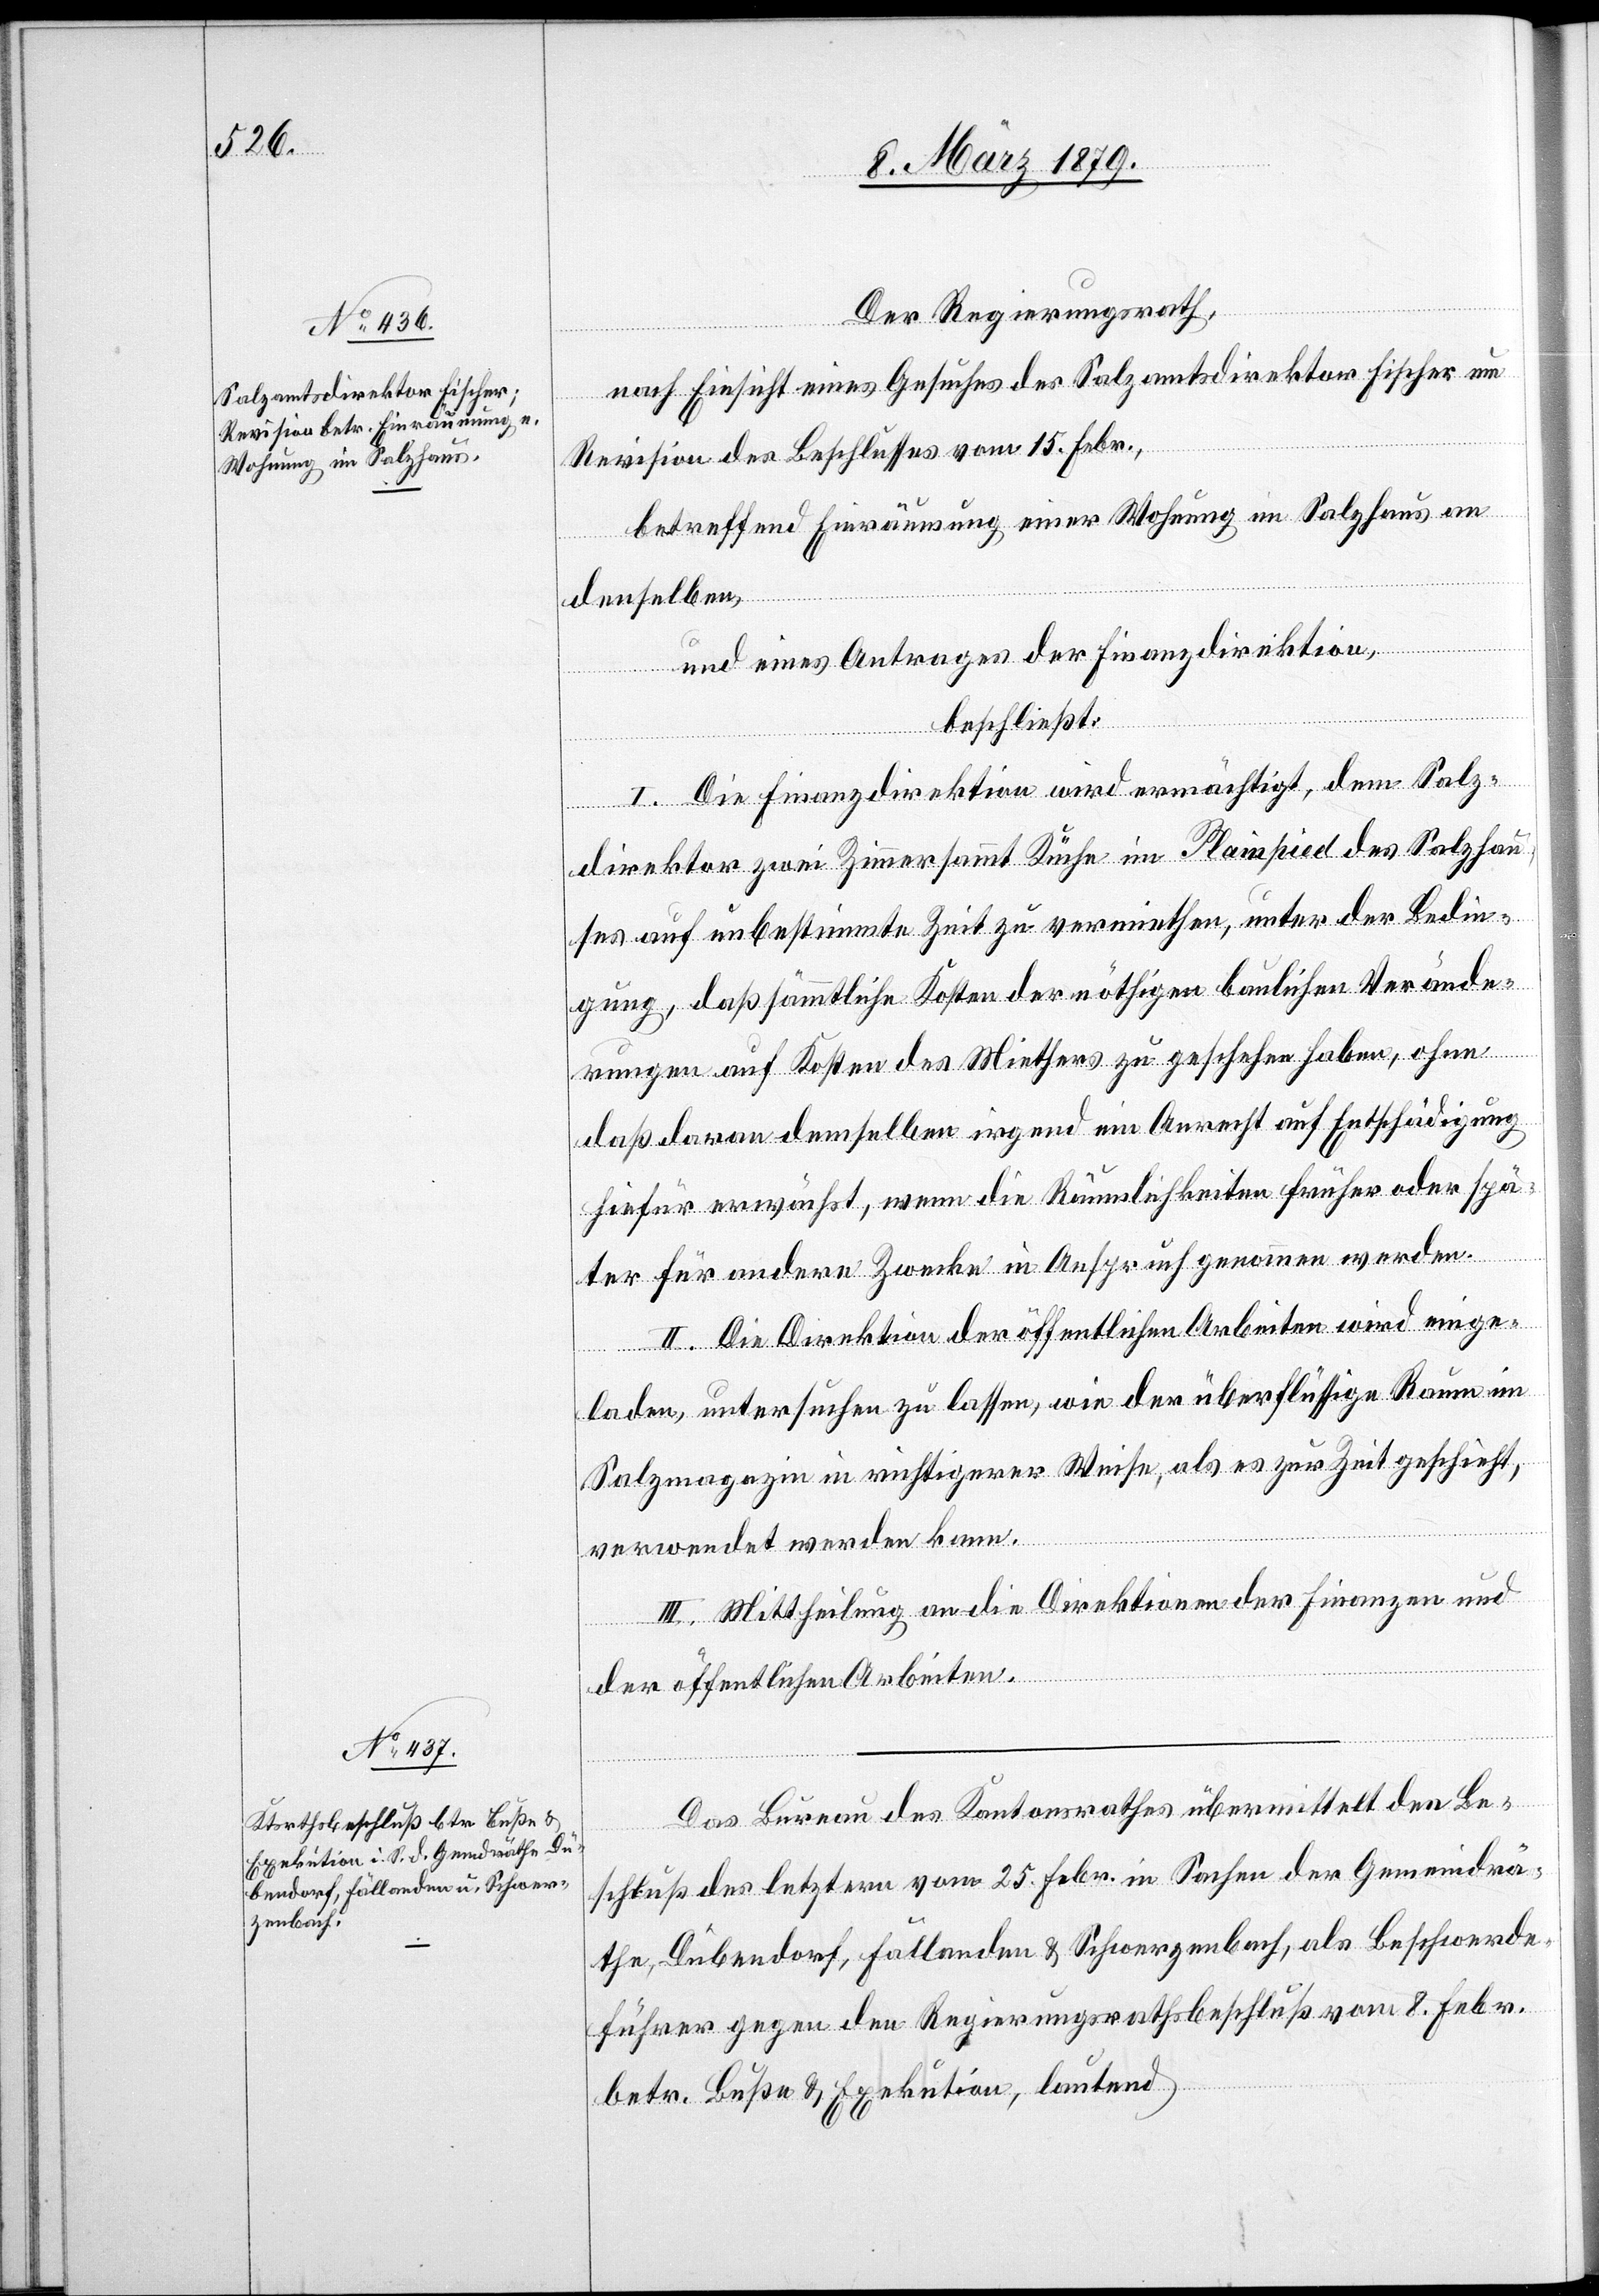
Der Regierungsrath,
nach Einsicht eines Gesuches des Salzamtsdirektor Fischer um
Revision des Beschlusses vom 15. Febr.,
betreffend Einräumung einer Wohnung im Salzhaus an
denselben,
und eines Antrages der Finanzdirektion,
beschließt:
I. Die Finanzdirektion wird ermächtigt, dem Salz¬
Fischer zwei Zimmer sammt Küche im Plainpied des Salzhau¬
ses auf unbestimmte Zeit zu vermiethen, unter der Bedin¬
gung, daß sämmtliche Kosten der nöthigen baulichen Verände¬
rungen auf Kosten des Miethers zu geschehen haben, ohne
daß daran demselben irgend ein Anrecht auf Entschädigung
hiefür erwächst, wenn die Räumlichkeiten früher oder spä¬
ktor
ter für andere Zwecke in Anspruch genommen werden.
II. Die Direktion der öffentlichen Arbeiten wird einge¬
laden, untersuchen zu lassen, wie der überflüssige Raum im
Salzmagazin in richtigerer Weise, als es zur Zeit geschieht,
verwendet werden kann.
III. Mittheilung an die Direktionen der Finanzen und
dire¬
der öffentlichen Arbeiten.
Das Bureau des Kantonsrathes übermittelt den Be¬
schluß des letztern vom 25. Febr. in Sachen der Gemeindrä¬
the Dübendorf, Fällanden & Schwerzenbach, als Beschwerde¬
führer gegen den Regierungsrathsbeschluß vom 8. Febr.
betr. Buße & Exekution, lautend